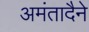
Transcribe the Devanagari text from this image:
अमंतादैने